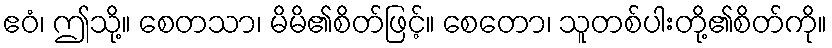
ဧဝံ၊ ဤသို့။ စေတသာ၊ မိမိ၏စိတ်ဖြင့်။ စေတော၊ သူတစ်ပါးတို့၏စိတ်ကို။